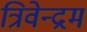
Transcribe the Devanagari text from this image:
त्रिवेन्‍द्रम